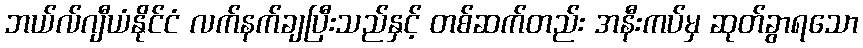
ဘယ်လ်ဂျီယံနိုင်ငံ လက်နက်ချပြီးသည်နှင့် တစ်ဆက်တည်း အနီးကပ်မှ ဆုတ်ခွာရသော